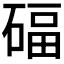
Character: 𥔁